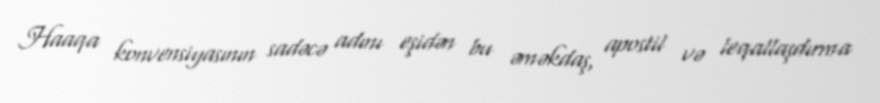
Haaqa konvensiyasının sadəcə adını eşidən bu əməkdaş, apostil və leqallaşdırma